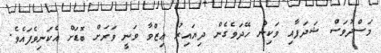
މަސްދުވަސް ޝަދަފާއި ވަކިން ހޭދަވެގެން ދިޔައިރު ޢިޒްވާ ވަނީ ވަރަށް ބޮޑަށް އެކަނިވެފައެވެ.